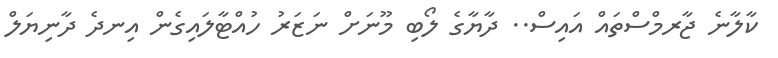
ކާލާނެ ޖާރމްސްތައް އައިސް.. ދާޔާގެ ލޯބި މޫނަށް ނަޒަރު ހުއްޓާލައިގެން އިނދެ ދާނިޔަލް